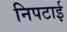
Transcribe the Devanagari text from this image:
निपटाई